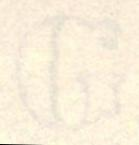
G